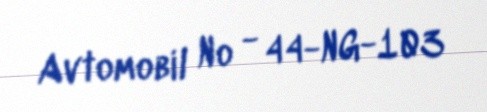
Avtomobil № - 44-NG-103